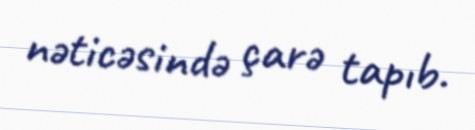
nəticəsində çarə tapıb.